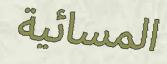
المسائية